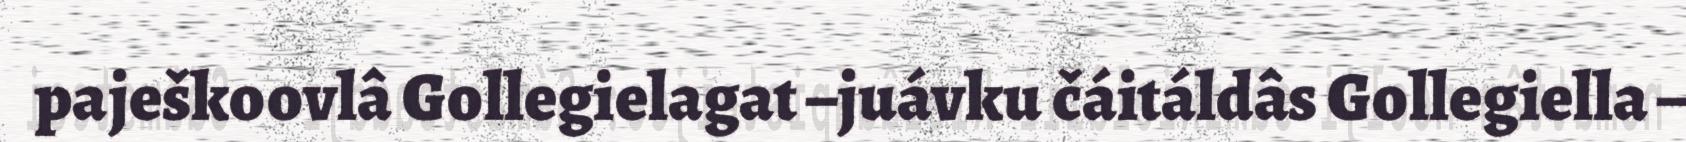
paješkoovlâ Gollegielagat –juávku čáitáldâs Gollegiella –